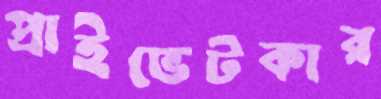
প্রাইভেটকার